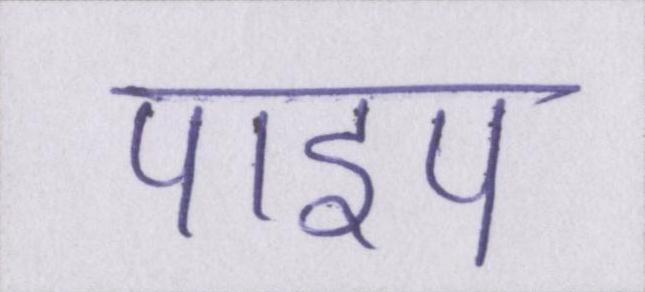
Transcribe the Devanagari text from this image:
पाइप